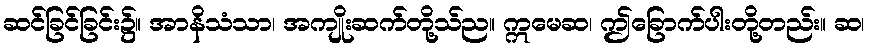
ဆင်ခြင်ခြင်း၌။ အာနိသံသာ၊ အကျိုးဆက်တို့သ်ည။ ဣမေဆ၊ ဤခြောက်ပါးတို့တည်း။ ဆ၊